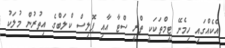
އެކެއްގައި ހިމެނޭ ޓީމްތަކަކީ ތްރީ ސްޓާ އާއި ޕޮލިސް ކްލަބްގެ އިތުރުން މުލަކު